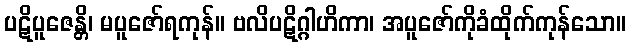
ပဋိပူဇေန္တိ၊ မပူဇော်ရကုန်။ ဗလိပဋိဂ္ဂါဟိကာ၊ အပူဇော်ကိုခံထိုက်ကုန်သော။